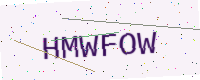
Text: HMWFOW